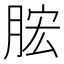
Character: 𣍱